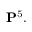
\mathbf { P } ^ { 5 } .